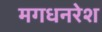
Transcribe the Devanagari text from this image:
मगधनरेश